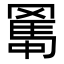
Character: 𦋱